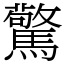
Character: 驚